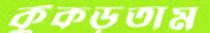
কুঁকড়তাম